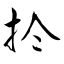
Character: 扵